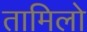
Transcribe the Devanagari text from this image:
तामिलो